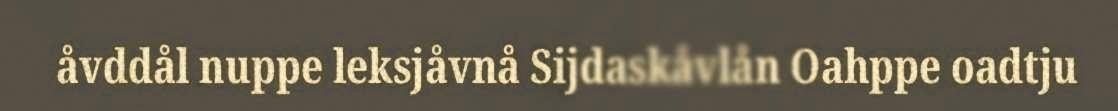
åvddål nuppe leksjåvnå Sijdaskåvlån Oahppe oadtju